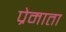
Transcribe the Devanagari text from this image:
प्रेमाता